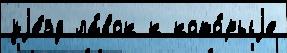
уjе́зд ла́вок к кото́рыjе